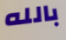
بالله